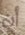
أن